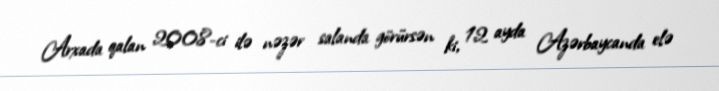
Arxada qalan 2008-ci ilə nəzər salanda görürsən ki, 12 ayda Azərbaycanda elə